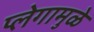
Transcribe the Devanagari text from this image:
प्लेगामुळे